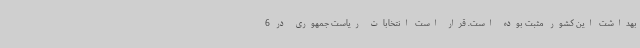
بهداشت این کشور مثبت بوده است. قرار است انتخابات ریاست جمهوری در 6